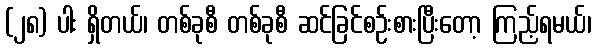
(၂၈) ပါး ရှိတယ်၊ တစ်ခုစီ တစ်ခုစီ ဆင်ခြင်စဉ်းစားပြီးတော့ ကြည့်ရမယ်၊